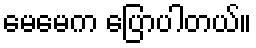
မေမေက ပြောပါတယ်။